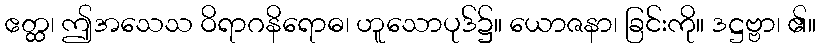
ဧတ္ထ၊ ဤအသေသ ဝိရာဂနိရောဓ၊ ဟူသောပုဒ်၌။ ယောဇနာ၊ ခြင်းကို။ ဒဋ္ဌဗ္ဗာ၊ ၏။